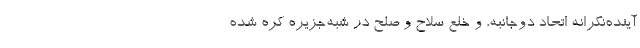
آینده‌نگرانه اتحاد دوجانبه، و خلع سلاح و صلح در شبه‌جزیره کره شده